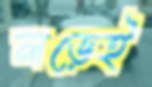
লড়েই